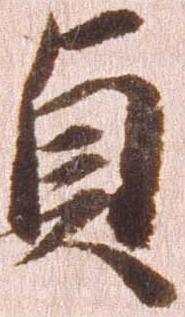
貞